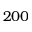
2 0 0